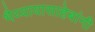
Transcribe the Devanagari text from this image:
भैय्यायासाहेबांनी